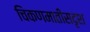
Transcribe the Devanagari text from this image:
चिकणमातीसदृश